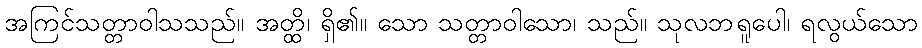
အကြင်သတ္တာဝါသသည်။ အတ္ထိ၊ ရှိ၏။ သော သတ္တာဝါသော၊ သည်။ သုလဘရူပေါ၊ ရလွယ်သော